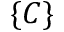
\{ C \}